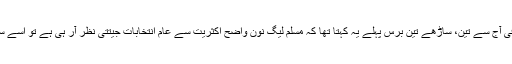
اگر رائے عامہ کا درست ادراک رکھنے والا کوئی ادارہ یا صحافی آج سے تین، ساڑھے تین برس پہلے یہ کہتا تھا کہ مسلم لیگ نون واضح اکثریت سے عام انتخابات جیتتی نظر آر ہی ہے تو اسے سوشل میڈیا پر کہا جاتا تھا کہ وہ کرپٹ ہے اور لفافہ لے چکا ہے۔